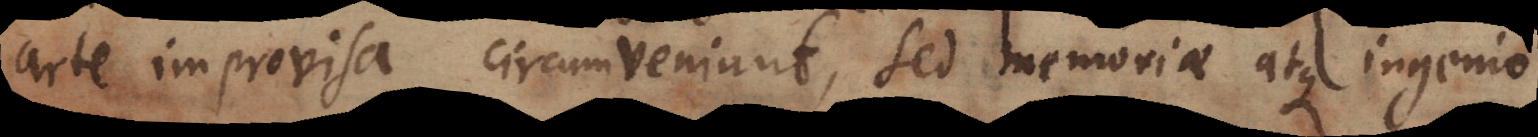
arte improvisa circumveniunt, sed memoriae atque ingenio